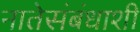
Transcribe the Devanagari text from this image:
नातेसंबंधाशी